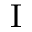
\mathrm { I }